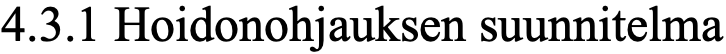
4.3.1 Hoidonohjauksen suunnitelma